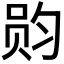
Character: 𮷏